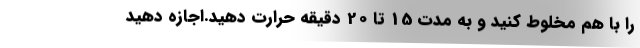
را با هم مخلوط کنید و به مدت 15 تا 20 دقیقه حرارت دهید.اجازه دهید